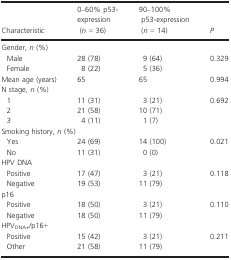
| Characteristic | 0–60% p53-expression (n = 36) | 90–100% p53-expression (n = 14) | P |
 | --- | --- | --- | --- |
 | <COLSPAN=4> Gender, n (%) |
 | Male | 28 (78) | 9 (64) | <ROWSPAN=2> 0.329 |
 | Female | 8 (22) | 5 (36) |
 | Mean age (years) | 65 | 65 | 0.994 |
 | <COLSPAN=4> N stage, n (%) |
 | 1 | 11 (31) | 3 (21) | <ROWSPAN=3> 0.692 |
 | 2 | 21 (58) | 10 (71) |
 | 3 | 4 (11) | 1 (7) |
 | <COLSPAN=4> Smoking history, n (%) |
 | Yes | 24 (69) | 14 (100) | <ROWSPAN=2> 0.021 |
 | No | 11 (31) | 0 (0) |
 | <COLSPAN=4> HPV DNA |
 | Positive | 17 (47) | 3 (21) | <ROWSPAN=2> 0.118 |
 | Negative | 19 (53) | 11 (79) |
 | <COLSPAN=4> p16 |
 | Positive | 18 (50) | 3 (21) | <ROWSPAN=2> 0.110 |
 | Negative | 18 (50) | 11 (79) |
 | <COLSPAN=4> HPVDNA+/p16+ |
 | Positive | 15 (42) | 3 (21) | <ROWSPAN=2> 0.211 |
 | Other | 21 (58) | 11 (79) |